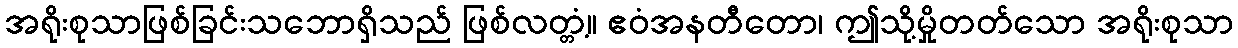
အရိုးစုသာဖြစ်ခြင်းသဘောရှိသည် ဖြစ်လတ္တံ့။ ဧဝံအနတီတော၊ ဤသို့မှိုတတ်သော အရိုးစုသာ